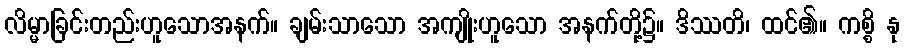
လိမ္မာခြင်းတည်းဟူသောအနက်။ ချမ်းသာသော အကျိုးဟူသော အနက်တို့၌။ ဒိဿတိ၊ ထင်၏။ ကစ္စိ နု